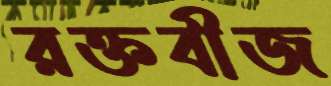
রক্তবীজ